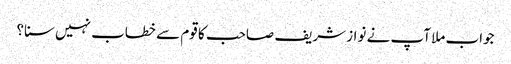
جواب ملا آپ نے نواز شریف صاحب کا قوم سے خطاب نہیں سنا؟